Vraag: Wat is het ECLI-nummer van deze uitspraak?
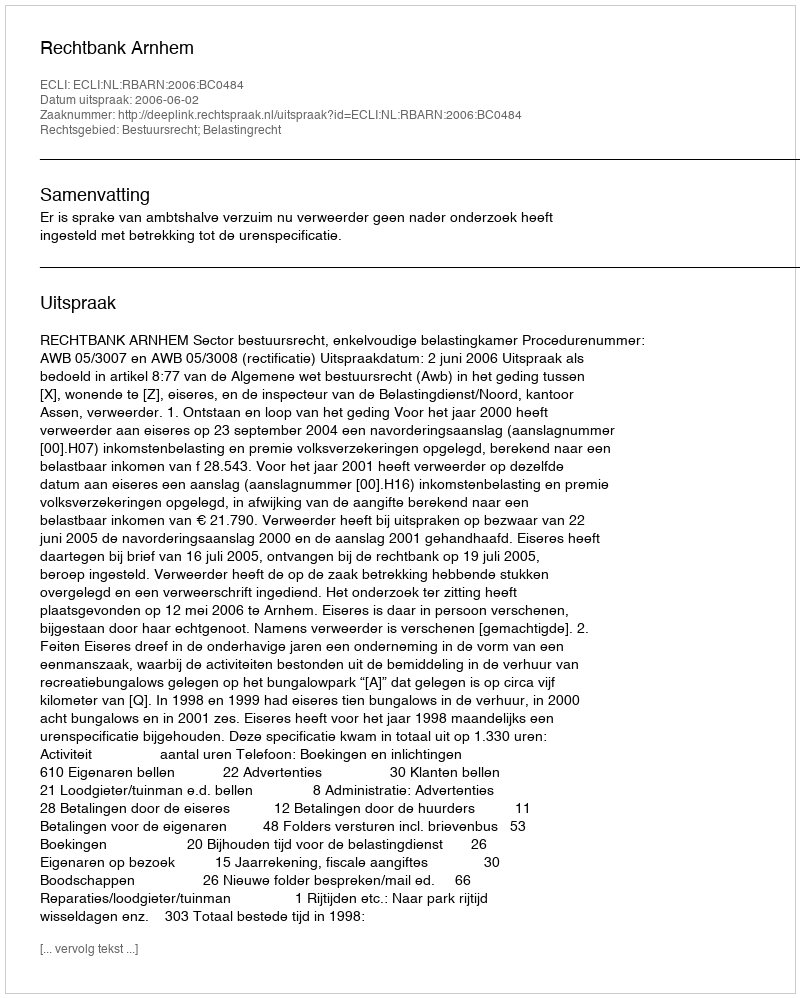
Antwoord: ECLI:NL:RBARN:2006:BC0484